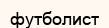
футболист